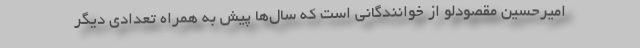
امیرحسین مقصودلو از خوانندگانی است که سال‌ها پیش به همراه تعدادی دیگر